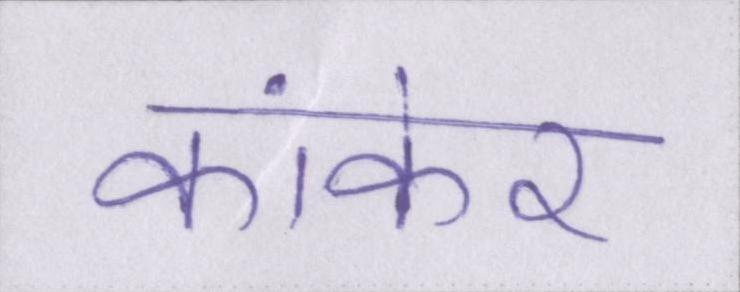
कांकेर